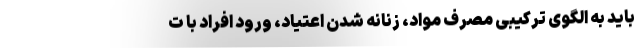
باید به الگوی ترکیبی مصرف مواد، زنانه شدن اعتیاد، ورود افراد با ت